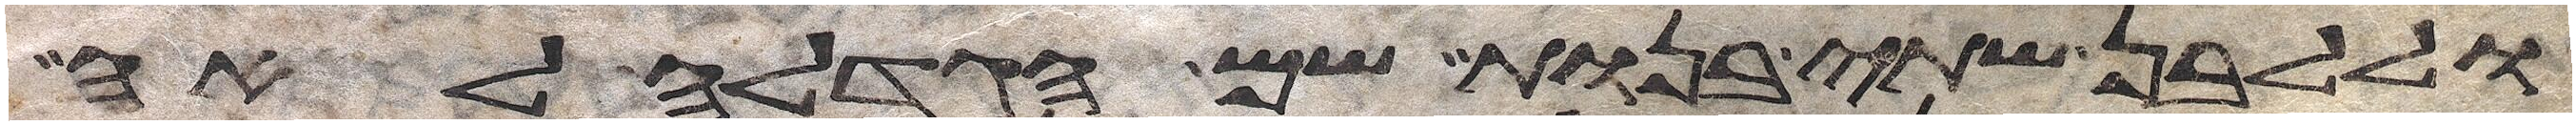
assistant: וללבן שתי בנות שם הגדלה לאה